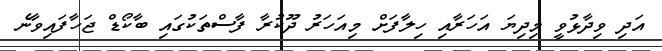
އަދި ވިދާޅުވީ މިދިޔަ އަހަރާއި ހިލާފަށް މިއަހަރު ދޫކުރާ ފާސްތަކުގައި ބާކޯޑް ޖަހާފައިވާނެ